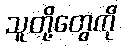
သူတို့တွေကို